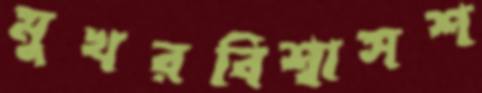
মুখরবিশ্বাসশ